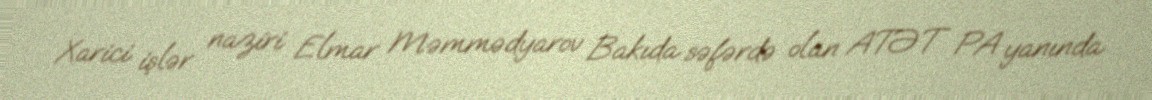
Xarici işlər naziri Elmar Məmmədyarov Bakıda səfərdə olan ATƏT PA yanında